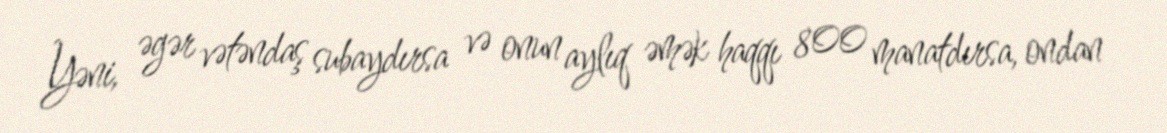
Yəni, əgər vətəndaş subaydırsa və onun aylıq əmək haqqı 800 manatdırsa, ondan